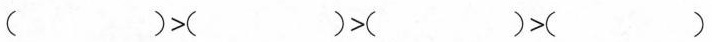
$$（）>（）>（）>（）$$